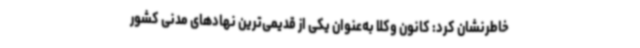
خاطرنشان کرد: کانون وکلا به‌عنوان یکی از قدیمی‌ترین نهادهای مدنی کشور